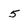
Character: 5